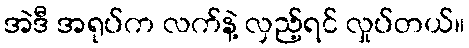
အဲဒီ အရုပ်က လက်နဲ့ လှည့်ရင် လှုပ်တယ်။